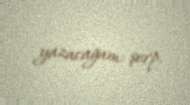
yazacağam: şerp.